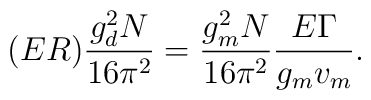
(ER) \frac{g^2_dN}{16\pi^2}=\frac{g^2_mN}{16 \pi^2}    \frac{E \Gamma}{g_m v_m}.